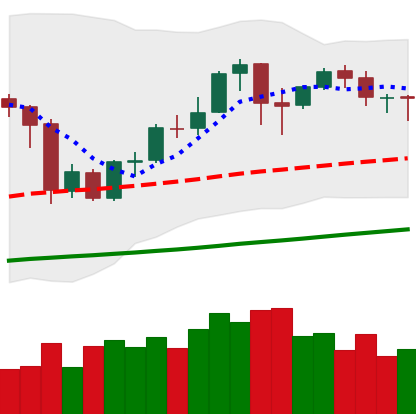
Ticker: BNB-USD
Chart end date: 2020-10-08
Forward return: 10.833%
Label: up_7plus